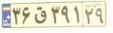
۳۶ق۳۹۱۲۹